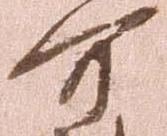
可